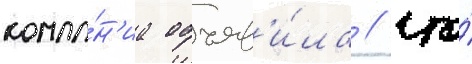
компа́н'иа объяв'и́ла / что́